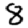
Digit: 8